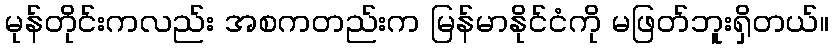
မုန်တိုင်းကလည်း အစကတည်းက မြန်မာနိုင်ငံကို မဖြတ်ဘူးရှိတယ်။